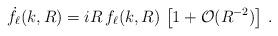
LaTeX: \begin{align*}\dot{f}_\ell(k,R) = i R\, f_\ell(k,R)\,\left[1 + \mathcal{O}(R^{-2})\right]\,.\end{align*}